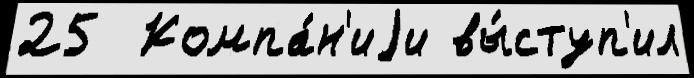
25  Компа́н'иjи вы́ступ'ил